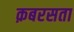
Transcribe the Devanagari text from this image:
क़बरसता